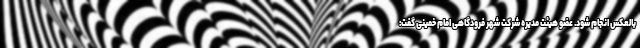
بالعکس انجام شود. عضو هیئت مدیره شرکت شهر فرودگاهی امام خمینی گفت: